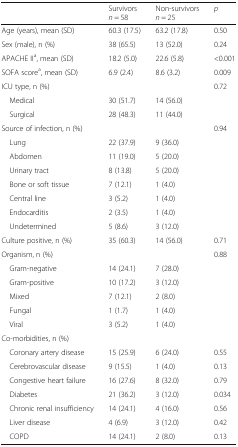
|  | Survivorsn = 58 | Non-survivorsn = 25 | p |
 | --- | --- | --- | --- |
 | Age (years), mean (SD) | 60.3 (17.5) | 63.2 (17.8) | 0.50 |
 | Sex (male), n (%) | 38 (65.5) | 13 (52.0) | 0.24 |
 | APACHE IIa, mean (SD) | 18.2 (5.0) | 22.6 (5.8) | <0.001 |
 | SOFA scorea, mean (SD) | 6.9 (2.4) | 8.6 (3.2) | 0.009 |
 | ICU type, n (%) |  |  | 0.72 |
 | Medical | 30 (51.7) | 14 (56.0) | <ROWSPAN=2>  |
 | Surgical | 28 (48.3) | 11 (44.0) |
 | Source of infection, n (%) |  |  | 0.94 |
 | Lung | 22 (37.9) | 9 (36.0) | <ROWSPAN=7>  |
 | Abdomen | 11 (19.0) | 5 (20.0) |
 | Urinary tract | 8 (13.8) | 5 (20.0) |
 | Bone or soft tissue | 7 (12.1) | 1 (4.0) |
 | Central line | 3 (5.2) | 1 (4.0) |
 | Endocarditis | 2 (3.5) | 1 (4.0) |
 | Undetermined | 5 (8.6) | 3 (12.0) |
 | Culture positive, n (%) | 35 (60.3) | 14 (56.0) | 0.71 |
 | Organism, n (%) |  |  | 0.88 |
 | Gram-negative | 14 (24.1) | 7 (28.0) | <ROWSPAN=5>  |
 | Gram-positive | 10 (17.2) | 3 (12.0) |
 | Mixed | 7 (12.1) | 2 (8.0) |
 | Fungal | 1 (1.7) | 1 (4.0) |
 | Viral | 3 (5.2) | 1 (4.0) |
 | <COLSPAN=4> Co-morbidities, n (%) |
 | Coronary artery disease | 15 (25.9) | 6 (24.0) | 0.55 |
 | Cerebrovascular disease | 9 (15.5) | 1 (4.0) | 0.13 |
 | Congestive heart failure | 16 (27.6) | 8 (32.0) | 0.79 |
 | Diabetes | 21 (36.2) | 3 (12.0) | 0.034 |
 | Chronic renal insufficiency | 14 (24.1) | 4 (16.0) | 0.56 |
 | Liver disease | 4 (6.9) | 3 (12.0) | 0.42 |
 | COPD | 14 (24.1) | 2 (8.0) | 0.13 |